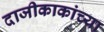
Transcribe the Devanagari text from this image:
दाजीकाकांच्या